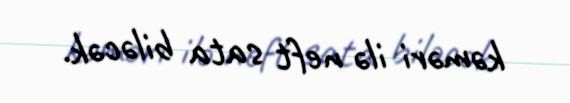
kəməri ilə neft sata biləcək.